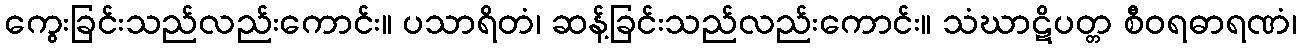
ကွေးခြင်းသည်လည်းကောင်း။ ပသာရိတံ၊ ဆန့်ခြင်းသည်လည်းကောင်း။ သံဃာဋိပတ္တ စီဝရဓာရဏံ၊